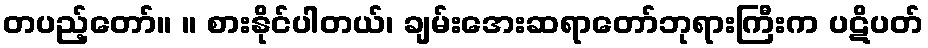
တပည့်တော်။ ။ စားနိုင်ပါတယ်၊ ချမ်းအေးဆရာတော်ဘုရားကြီးက ပဋိပတ်